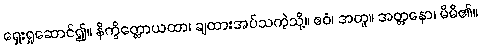
ရှေးရှုဆောင်၍။ နိက္ခိတ္တောယထာ၊ ချထားအပ်သကဲ့သို့။ ဧဝံ၊ အတူ။ အတ္တနော၊ မိမိ၏။